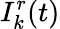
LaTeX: I_{k}^{r}(t)